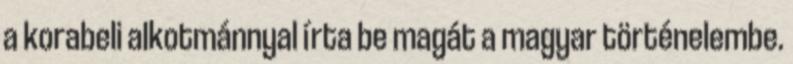
a korabeli alkotmánnyal írta be magát a magyar történelembe.